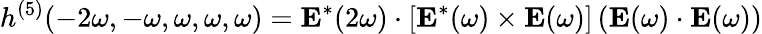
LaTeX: h^{(5)}(-2\omega,-\omega,\omega,\omega,\omega)=\mathbf{E}^{*}(2\omega)\cdot\left[\mathbf{E}^{*}(\omega)\times\mathbf{E}(\omega)\right]\left(\mathbf{E}(\omega)\cdot\mathbf{E}(\omega)\right)